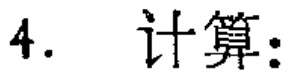
4. 计算：